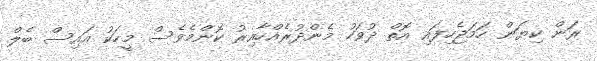
ރަން ކިޔަން ހަމަޖެހިފައި އޮތް ދުވަހު މެންދުރެއްހާއިރު ކޮންމެވެސް މީހަކު އައިސް ބެލް